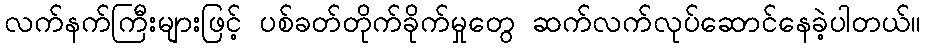
လက်နက်ကြီးများဖြင့် ပစ်ခတ်တိုက်ခိုက်မှုတွေ ဆက်လက်လုပ်ဆောင်နေခဲ့ပါတယ်။